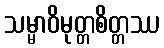
သမ္မာဝိမုတ္တစိတ္တဿ